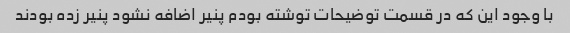
با وجود این که در قسمت توضیحات توشته بودم پنیر اضافه نشود پنیر زده بودند